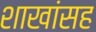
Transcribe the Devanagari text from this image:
शाखांसह